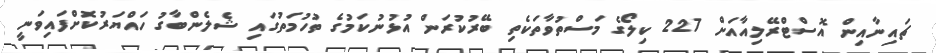
ޗައިނާއިން އޮސްޓްރޭލިއާއަށް 227 ކިލޯގެ މަސްތުވާތަކެތި ބޭރުކުރަން އުޅުނުކަމުގެ ތުހުމަތުގައި ޝެލެންބާގު ހައްޔަރުކޮށްފައިވަނީ